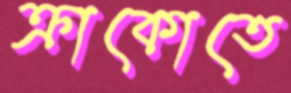
ক্রাকোতে